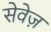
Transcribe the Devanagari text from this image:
सेवेज़